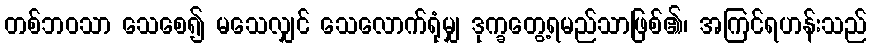
တစ်ဘဝသာ သေစေ၍ မသေလျှင် သေလောက်ရုံမျှ ဒုက္ခတွေ့ရမည်သာဖြစ်၏၊ အကြင်ရဟန်းသည်